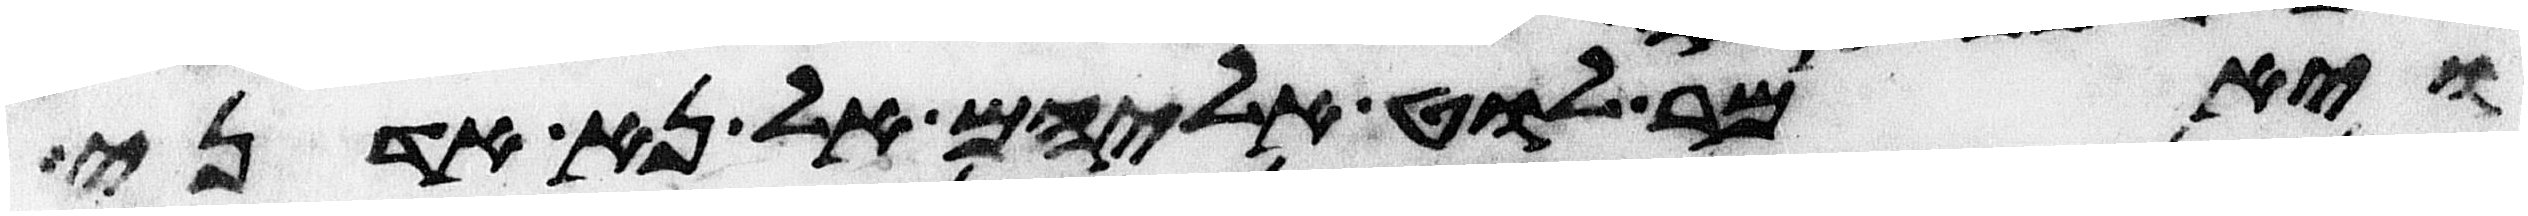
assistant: ויאמר לוט אליהם אל נא אדני